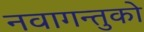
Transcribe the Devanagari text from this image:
नवागन्तुको